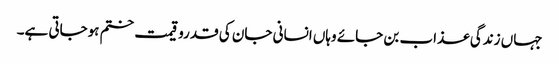
جہاں زندگی عذاب بن جائے وہاں انسانی جان کی قدروقیمت ختم ہوجاتی ہے۔